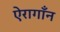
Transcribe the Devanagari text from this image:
ऐरागाँन